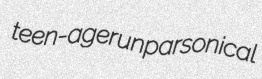
teen-ager unparsonical